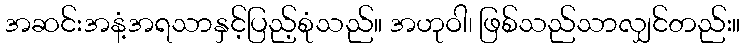
အဆင်းအနံ့အရသာနှင့်ပြည့်စုံသည်။ အဟုဝါ၊ ဖြစ်သည်သာလျှင်တည်း။